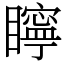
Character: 矃